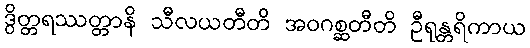
ဒွိတ္တရဿတ္တာနိ သီလယတီတိ အဝဂစ္ဆတီတိ ဦရုန္တရိကာယ